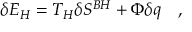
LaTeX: \delta { \cal E } _ { H } = T _ { H } \delta S ^ { B H } + \Phi \delta q ~ ~ ~ ,